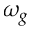
\omega _ { g }